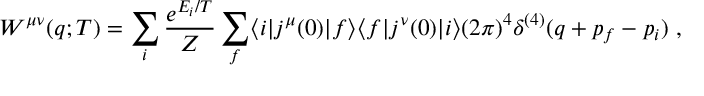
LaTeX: W ^ { \mu \nu } ( q ; T ) = \sum _ { i } \frac { e ^ { E _ { i } / T } } { \cal Z } \sum _ { f } \langle i | j ^ { \mu } ( 0 ) | f \rangle \langle f | j ^ { \nu } ( 0 ) | i \rangle ( 2 \pi ) ^ { 4 } \delta ^ { ( 4 ) } ( q + p _ { f } - p _ { i } ) \ ,